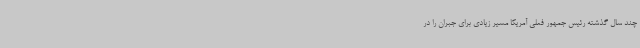
چند سال گذشته رئیس جمهور فعلی آمریکا مسیر زیادی برای جبران را در